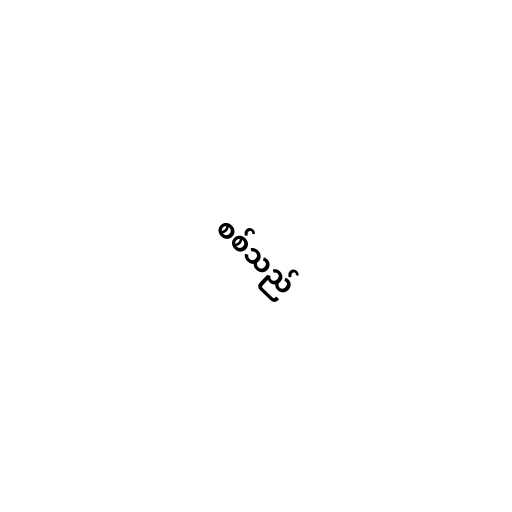
စစ်သည်